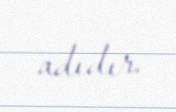
adıdır.